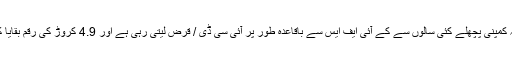
بیان کے مطابق، ‘یہ کمپنی پچھلے کئی سالوں سے کے آئی ایف ایس سے باقاعدہ طور پر آئی سی ڈی / قرض لیتی رہی ہے اور 4.9 کروڑ کی رقم بقایا کلوزنگ بیلینس تھی۔